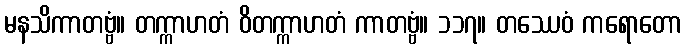
မနသိကာတဗ္ဗံ။ တက္ကာဟတံ ဝိတက္ကာဟတံ ကာတဗ္ဗံ။ ၁၁၇။ တဿေဝံ ကရောတော